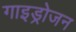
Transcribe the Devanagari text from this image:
गाइड्रोजन